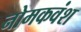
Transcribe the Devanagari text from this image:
नोमकवंश